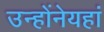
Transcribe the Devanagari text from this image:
उन्होंनेयहां